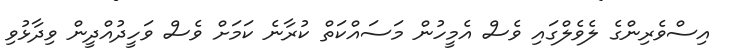
އިސްވެރިންގެ ލެވެލްގައި ވެސް އެމީހުން މަސައްކަތް ކުރާނެ ކަމަށް ވެސް ވަހީދުއްދީން ވިދާޅުވި